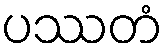
ပဿတံ